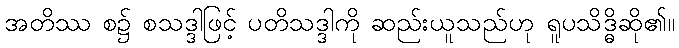
အတိဿ စ၌ စသဒ္ဒါဖြင့် ပတိသဒ္ဒါကို ဆည်းယူသည်ဟု ရူပသိဒ္ဓိဆို၏။